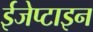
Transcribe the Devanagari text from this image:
ईजेप्टाइन